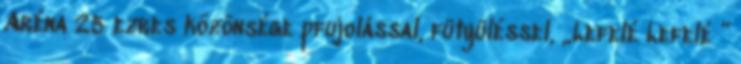
Aréna 25 ezres közönsége pfujolással, fütyüléssel, „Lefelé Lefelé ”